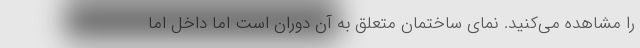
را مشاهده می‌کنید. نمای ساختمان متعلق به آن دوران است اما داخل اما